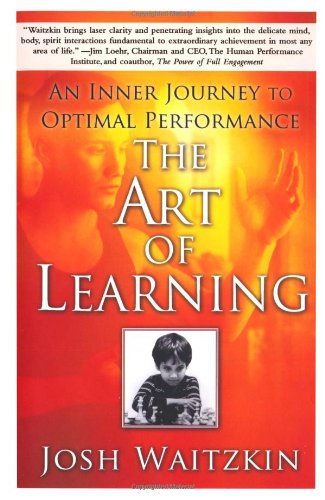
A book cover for The Art of Learning: An Inner Journey to Optimal Performance; Josh Waitzkin; Humor & Entertainment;